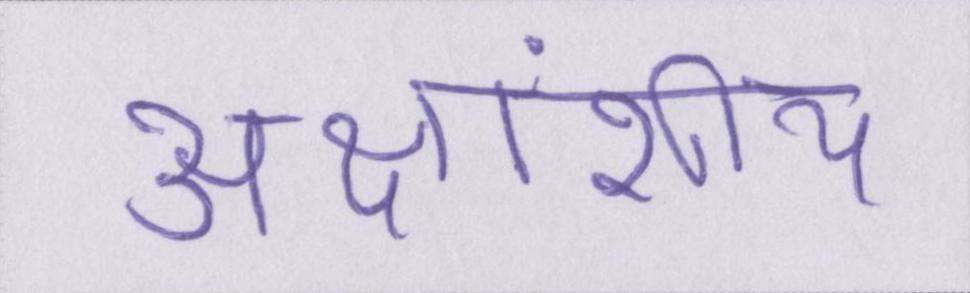
अक्षांशीय